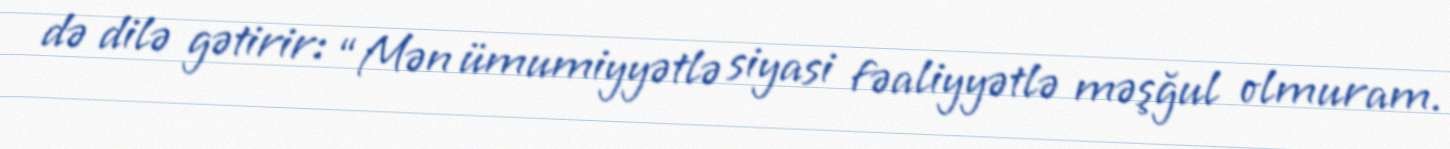
də dilə gətirir: “Mən ümumiyyətlə siyasi fəaliyyətlə məşğul olmuram.